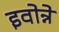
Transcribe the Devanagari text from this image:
इवोन्ने